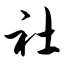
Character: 社